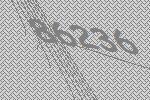
86236